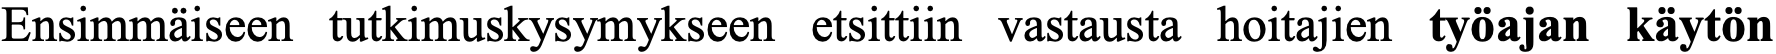
Ensimmäiseen tutkimuskysymykseen etsittiin vastausta hoitajien työajan käytön